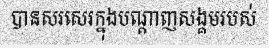
បានសរសេរក្នុងបណ្តាញសង្គមរបស់